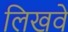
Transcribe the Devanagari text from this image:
लिखवे